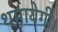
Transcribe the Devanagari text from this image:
थमायेगी।